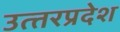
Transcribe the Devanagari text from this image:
उत्‍तरप्रदेश